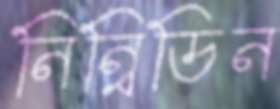
নিন্বিডিন